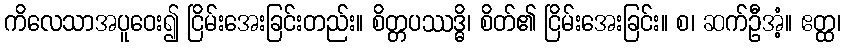
ကိလေသာအပူဝေး၍ ငြိမ်းအေးခြင်းတည်း။ စိတ္တပဿဒ္ဓိ၊ စိတ်၏ ငြိမ်းအေးခြင်း။ စ၊ ဆက်ဦအံ့။ ဧတ္ထ၊